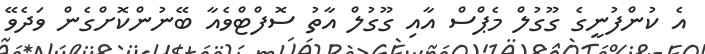
އެ ކުންފުނީގެ ގޫގުލް މެޕްސް އާއި ގޫގުލް އާތު ސޮފްޓްވެއާ ބޭނުންކޮށްގެން ވަދެވޭ